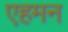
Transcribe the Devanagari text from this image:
एहमन